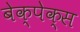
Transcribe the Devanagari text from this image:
बेक्पेक्स